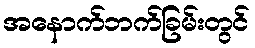
အနောက်ဘက်ခြမ်းတွင်